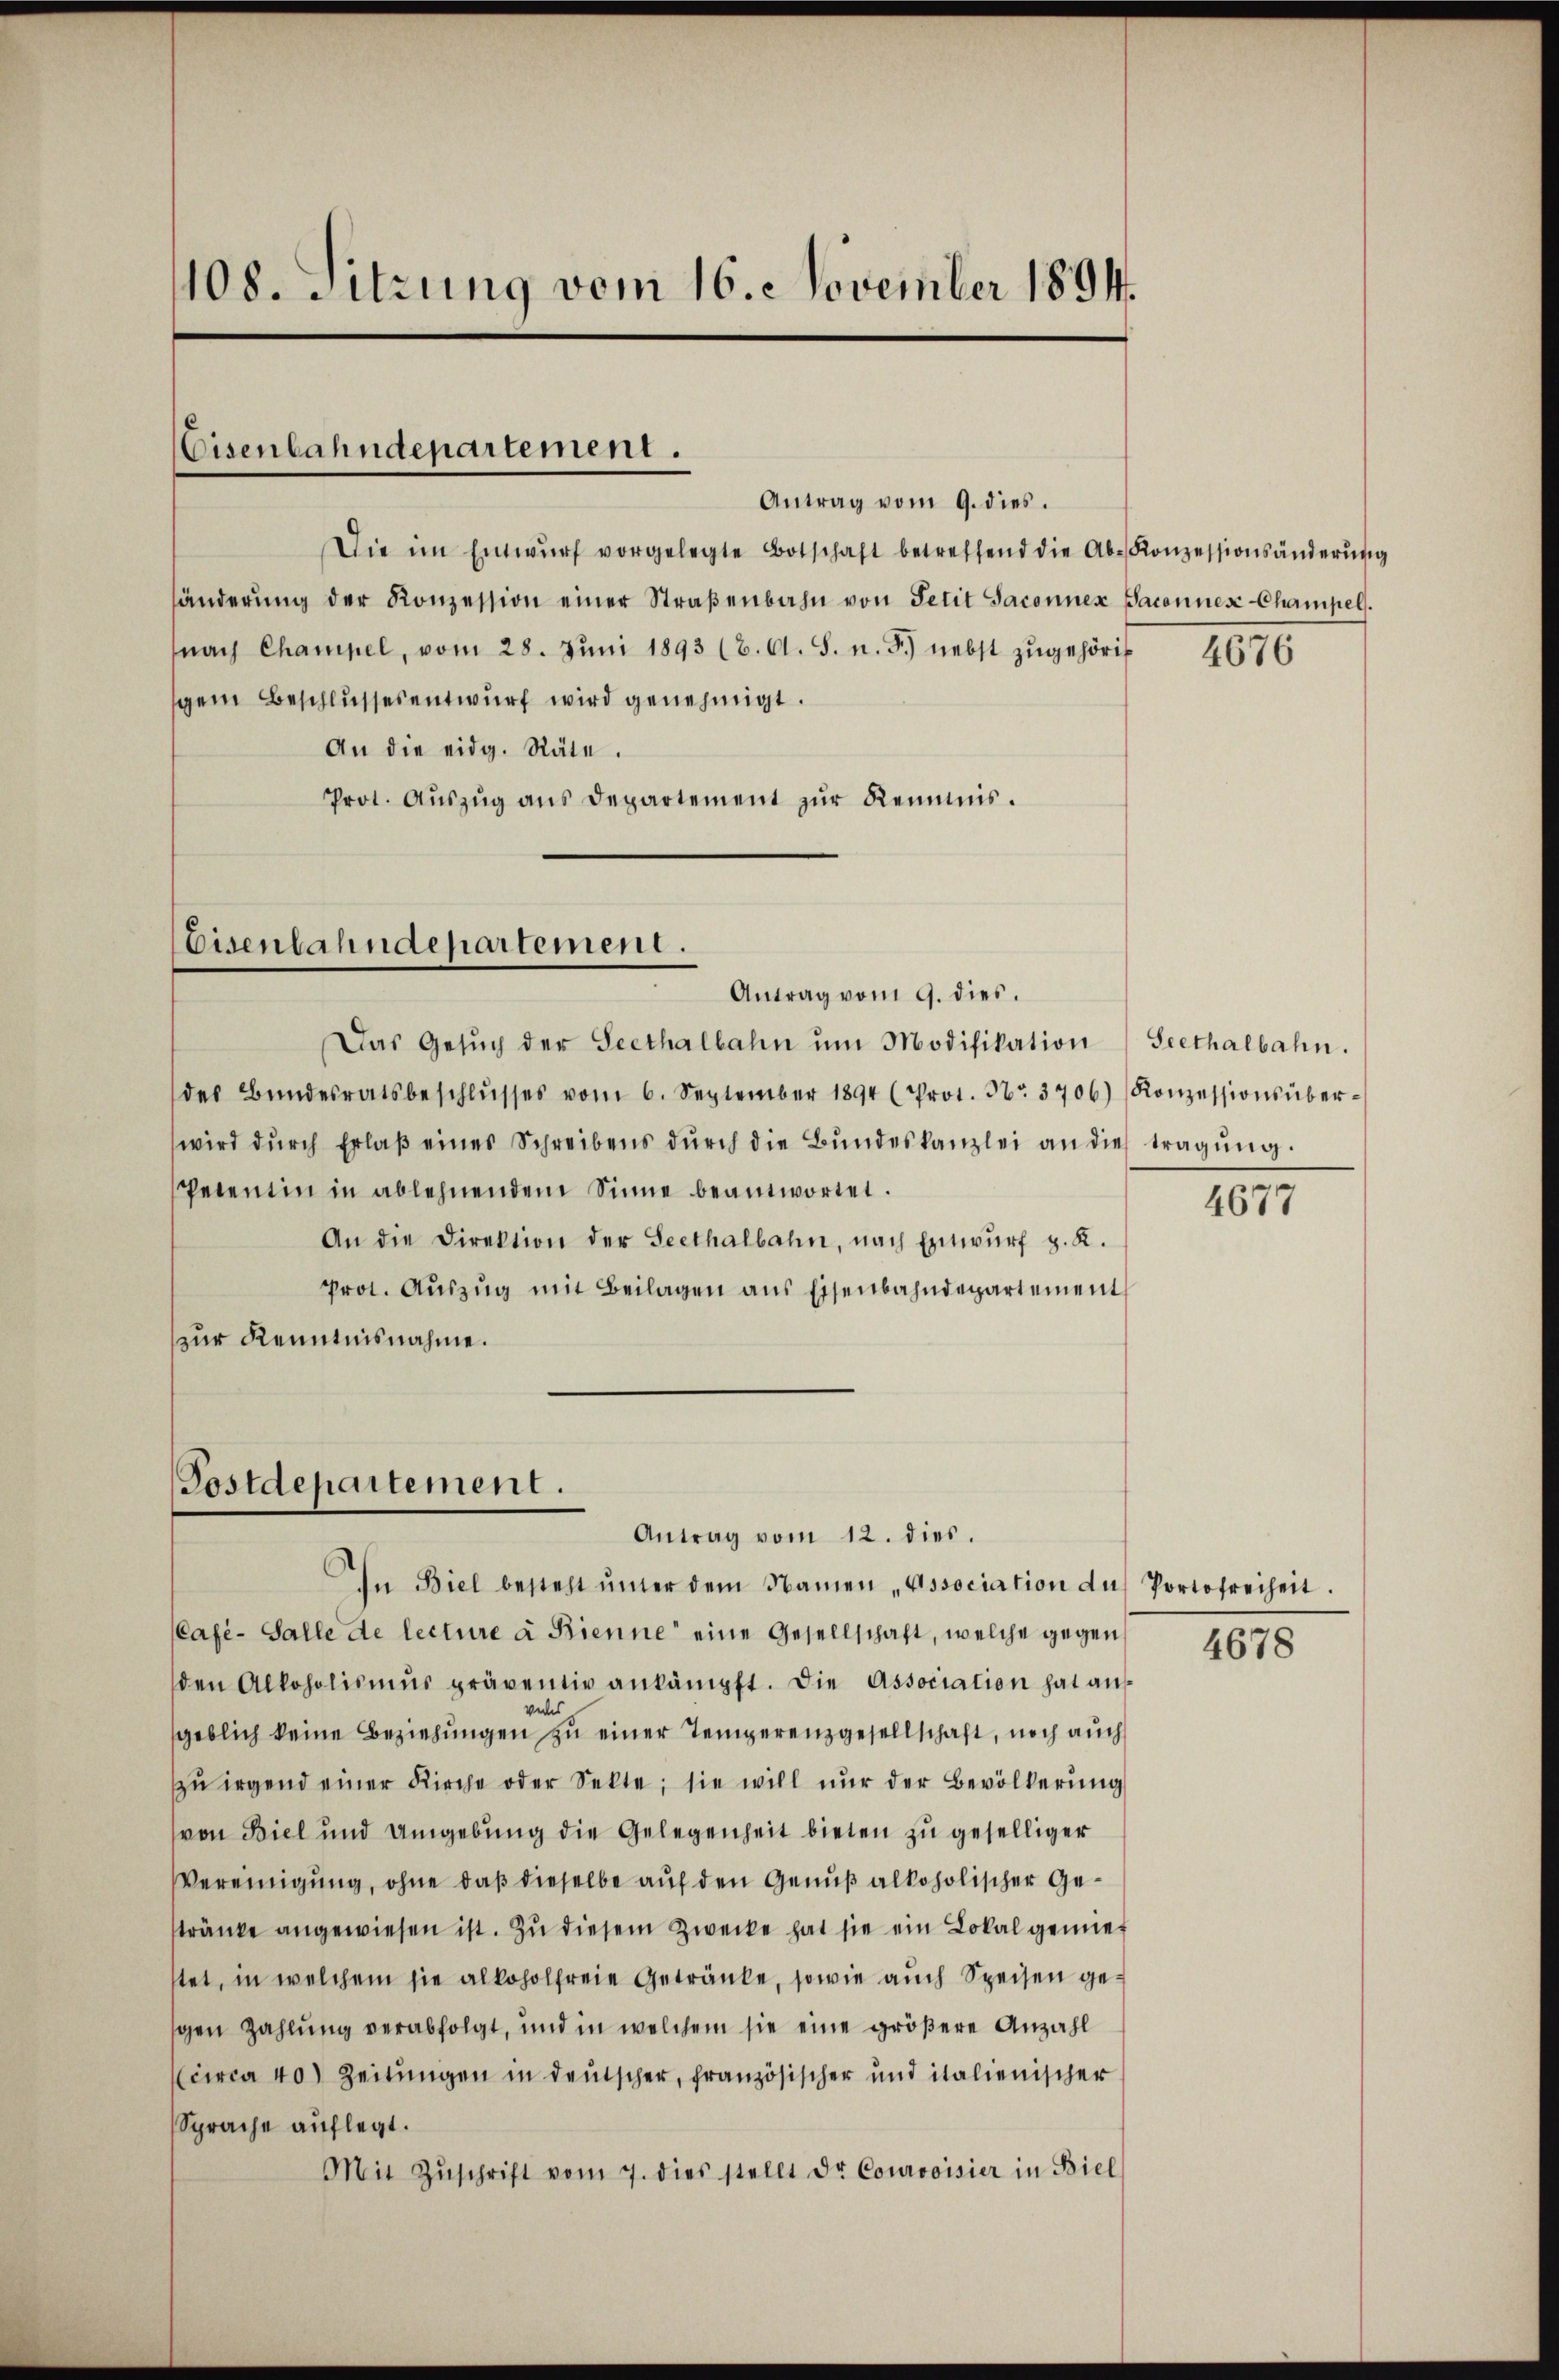
108. Sitzung vom 16. November 1894.

Eisenbahndepartement.

Antrag vom 9. dies.
Die im Entwŭrf vorgelegte Botschaft betreffend die Ab-Konzessionsänderŭng
händerŭng der Konzession einer Straβenbahn von Petit Jaconnex Saconnes Champel.
nach Champel, vom 28. Jŭni 1893 (8. Cl. S. n. F. nebst zŭgehörig
gem Beschlussesentwurf wird genehmigt.
An die eidg. Räte.
Prot. Aŭszŭg ans Departement zŭr Reinis.

Eisenbahndepartement.
Antrag vom 9. dies.

Postdepartement.

Das Gesŭch der Seethalbahn ŭm Modifikation
des Bŭndesratsbeschlŭsses vom 6. September 1894 (Prot. No. 3706) Konzessionsüber-
wird dŭrch Erlaβ eines Schreibens dŭrch die Bŭndeskanzlei an die tragŭng.
Petentin in ablehnendem Sinne beantwortet.
An die Direktion der Seethalbahn, nach Entwurf z. R.
Prot. Aŭszŭg mit Beilagen ans Eisenbahndepartement
zur Kenntnisnahme.

Antrag vom 12. dies.
In Biel besteht ŭnter dem Namen „Association du Portofreiheit.
(Café-Salle de lecture à Bienne eine Gesellschaft, welche gegen
den Alkoholismus präventiv ankämpft. Die Association hat aus
geblich keine Beziehungen zu einer Temperenzgesellschaft, noch auch
ŭ irgend einer Kirche oder Sekte; sie will nŭr der Bevölkerŭng
von Biel und Umgebung die Gelegenheit bieten zu geselliger
Vereinigung, ohne daß dieselbe auf den Genuß alkoholischer Gestränke angewiesen ist. Zu diesem Zwecke hat sie ein Lokal genies
tet, in welchem sie alkoholfreie Getränke, sowie auch Speisen gegen Zahlung verabfolgt, und in welchem sie eine größere Anzahl
(circa 40. Zeitungen in deutscher, französischer und italienischer
Sprache auflegt.
Mit Zŭschrift vom 7. dies stellt dr. Courvoisier in Biel

4676

Seethalbahn.

4677

4678